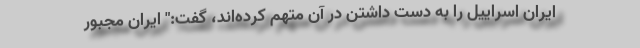
ایران اسراییل را به دست داشتن در آن متهم کرده‌اند، گفت:" ایران مجبور